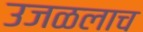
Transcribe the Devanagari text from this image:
उजळलाच